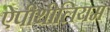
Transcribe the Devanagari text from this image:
ऐपीथीलियम